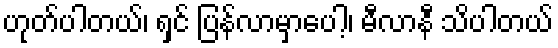
ဟုတ်ပါတယ်၊ ရှင် ပြန်လာမှာပေါ့၊ မီလာနီ သိပါတယ်